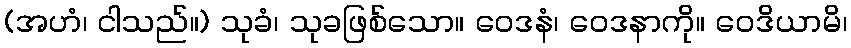
(အဟံ၊ ငါသည်။) သုခံ၊ သုခဖြစ်သော။ ဝေဒနံ၊ ဝေဒနာကို။ ဝေဒိယာမိ၊